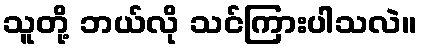
သူတို့ ဘယ်လို သင်ကြားပါသလဲ။